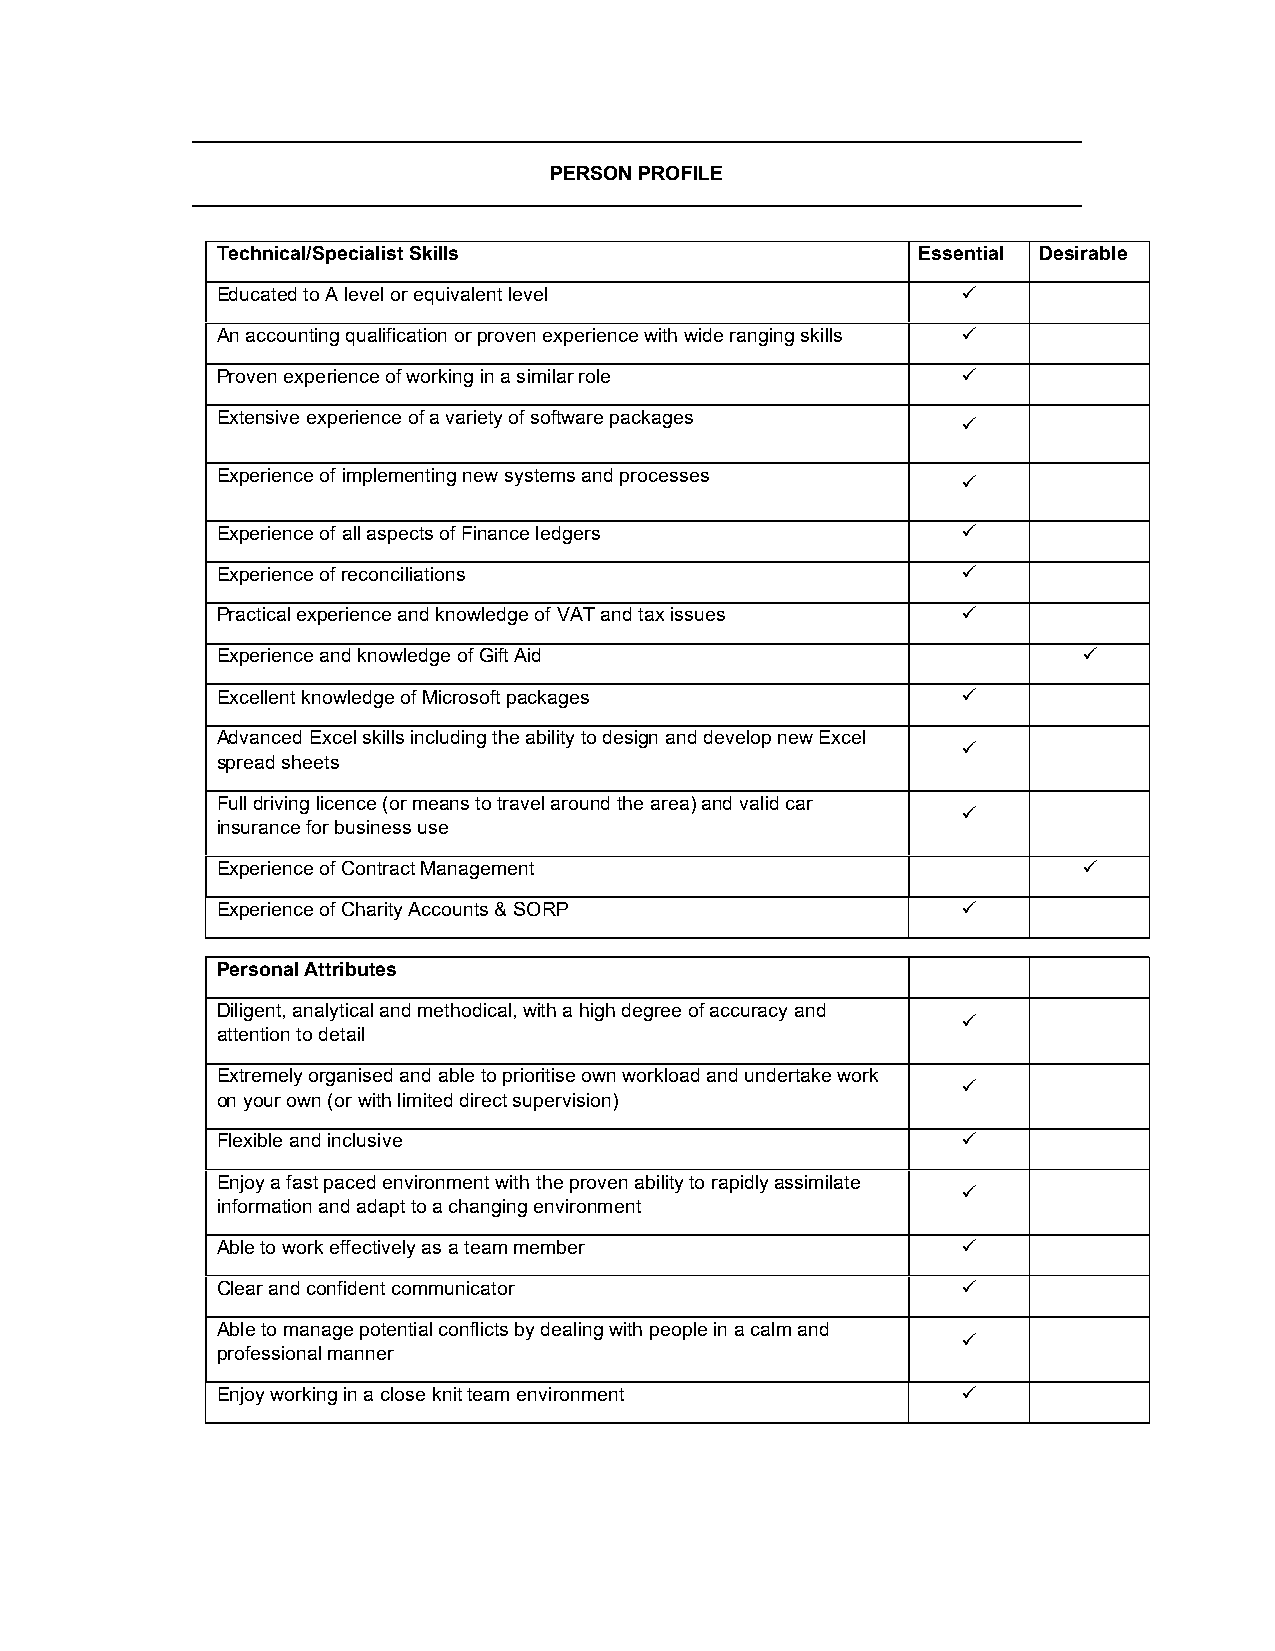
PERSON PROFILE
 Technical/Specialist Skills                    Essential Desirable
 Educated to A level or equivalent level           
 An accounting qualification or proven experience with wide ranging skills 
 Proven experience of working in a similar role    
 Extensive experience of a variety of software packages
 
 Experience of implementing new systems and processes
 
 Experience of all aspects of Finance ledgers      
 Experience of reconciliations                     
 Practical experience and knowledge of VAT and tax issues 
 Experience and knowledge of Gift Aid                      
 Excellent knowledge of Microsoft packages         
 Advanced Excel skills including the ability to design and develop new Excel
 
 spread sheets
 Full driving licence (or means to travel around the area) and valid car
 
 insurance for business use
 Experience of Contract Management                         
 Experience of Charity Accounts & SORP             
 Personal Attributes
 Diligent, analytical and methodical, with a high degree of accuracy and
 
 attention to detail
 Extremely organised and able to prioritise own workload and undertake work
 
 on your own (or with limited direct supervision)
 Flexible and inclusive                            
 Enjoy a fast paced environment with the proven ability to rapidly assimilate
 
 information and adapt to a changing environment
 Able to work effectively as a team member         
 Clear and confident communicator                  
 Able to manage potential conflicts by dealing with people in a calm and
 
 professional manner
 Enjoy working in a close knit team environment    